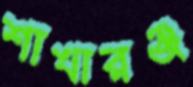
শাখারঞ্জ